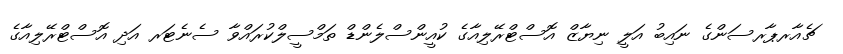
ޗެއާރޕާރސަންގެ ނައިބު އަލީ ނިޔާޒް އޮސްޓްރޭލިއާގެ ކުއީންސްލެންޑް ތަމްސީލްކުރައްވާ ސެނެޓަރ އަދި އޮސްޓްރޭލިއާގެ